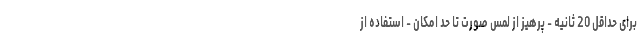
برای حداقل 20 ثانیه - پرهیز از لمس صورت تا حد امکان - استفاده از